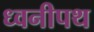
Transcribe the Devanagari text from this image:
ध्वनीपथ